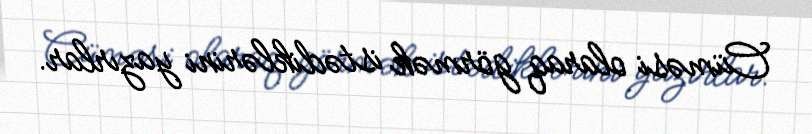
Cüməsi olaraq görmək istədiklərini yazırlar.